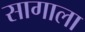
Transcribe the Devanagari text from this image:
सागाला